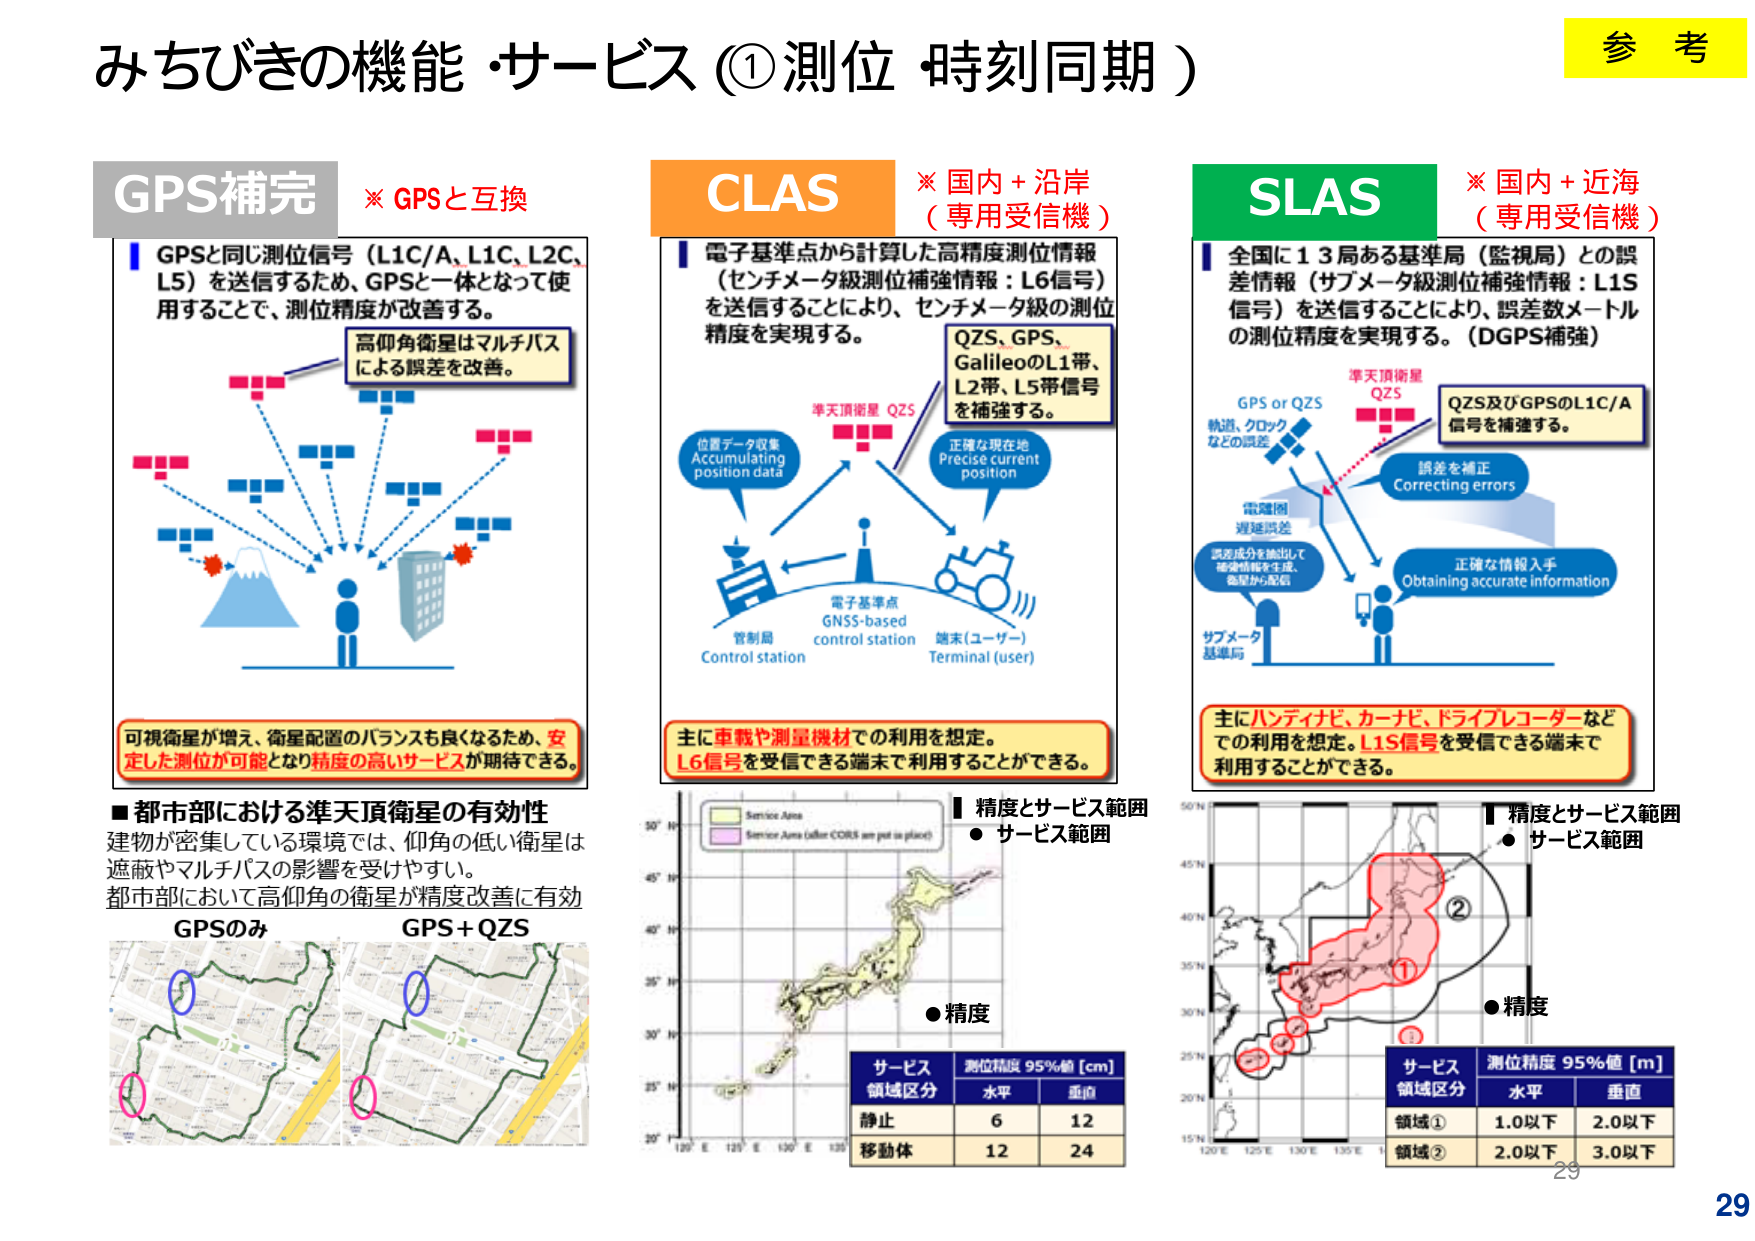
みちびきの機能・サービス（①測位・時刻同期）

参考

GPS補完
※ GPSと互換

GPSと同じ測位信号（L1C/A、L1C、L2C、L5）を送信するため、GPSと一体となって使用することで、測位精度が改善する。

高仰角衛星はマルチパスによる誤差を改善。

可視衛星が増え、衛星配置のバランスも良くなるため、安定した測位が可能となり精度の高いサービスが期待できる。

■都市部における準天頂衛星の有効性
建物が密集している環境では、仰角の低い衛星は遮蔽やマルチパスの影響を受けやすい。
都市部において高仰角の衛星が精度改善に有効

GPSのみ
GPS+QZS

CLAS
※ 国内＋沿岸（専用受信機）

電子基準点から計算した高精度測位情報（センチメータ級測位補強情報：L6信号）を送信することにより、センチメータ級の測位精度を実現する。

QZS、GPS、GalileoのL1帯、L2帯、L5帯信号を補強する。

位置データ収集
Accumulating position data

準天頂衛星 QZS

正確な現在地
Precise current position

電子基準点
GNSS-based control station

端末（ユーザー）
Terminal (user)

管制局
Control station

主に車載や測量機材での利用を想定。
L6信号を受信できる端末で利用することができる。

精度とサービス範囲
● サービス範囲

● 精度

サービス領域区分　測位精度 95%値 [cm]
　　　　　　　　水平　垂直
静止　　　　　　6　　12
移動体　　　　12　　24

SLAS
※ 国内＋近海（専用受信機）

全国に13局ある基準局（監視局）との誤差情報（サブメータ級測位補強情報：L1S信号）を送信することにより、誤差数メートルの測位精度を実現する。（DGPS補強）

準天頂衛星 QZS

GPS or QZS
軌道、クロックなどの誤差

電離層
遅延誤差

誤差を補正
Correcting errors

QZS及びGPSのL1C/A信号を補強する。

正確な情報入手
Obtaining accurate information

サブメータ基準局

主にハンディピ、カーナビ、ドライブレコーダーなどで利用を想定。L1S信号を受信できる端末で利用することができる。

精度とサービス範囲
● サービス範囲

● 精度

サービス領域区分　測位精度 95%値 [m]
　　　　　　　　水平　垂直
領域①　　　　1.0以下　2.0以下
領域②　　　　2.0以下　3.0以下

29